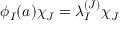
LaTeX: \phi _ { I } ( a ) \chi _ { J } = \lambda _ { I } ^ { ( J ) } \chi _ { J }